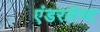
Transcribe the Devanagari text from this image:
एंडरलेच्ट